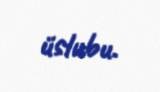
üslubu.